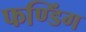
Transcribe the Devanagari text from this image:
फण्डिंग